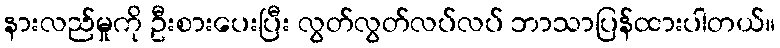
နားလည်မှုကို ဦးစားပေးပြီး လွတ်လွတ်လပ်လပ် ဘာသာပြန်ထားပါတယ်။